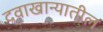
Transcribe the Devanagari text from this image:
दवाखान्यातील